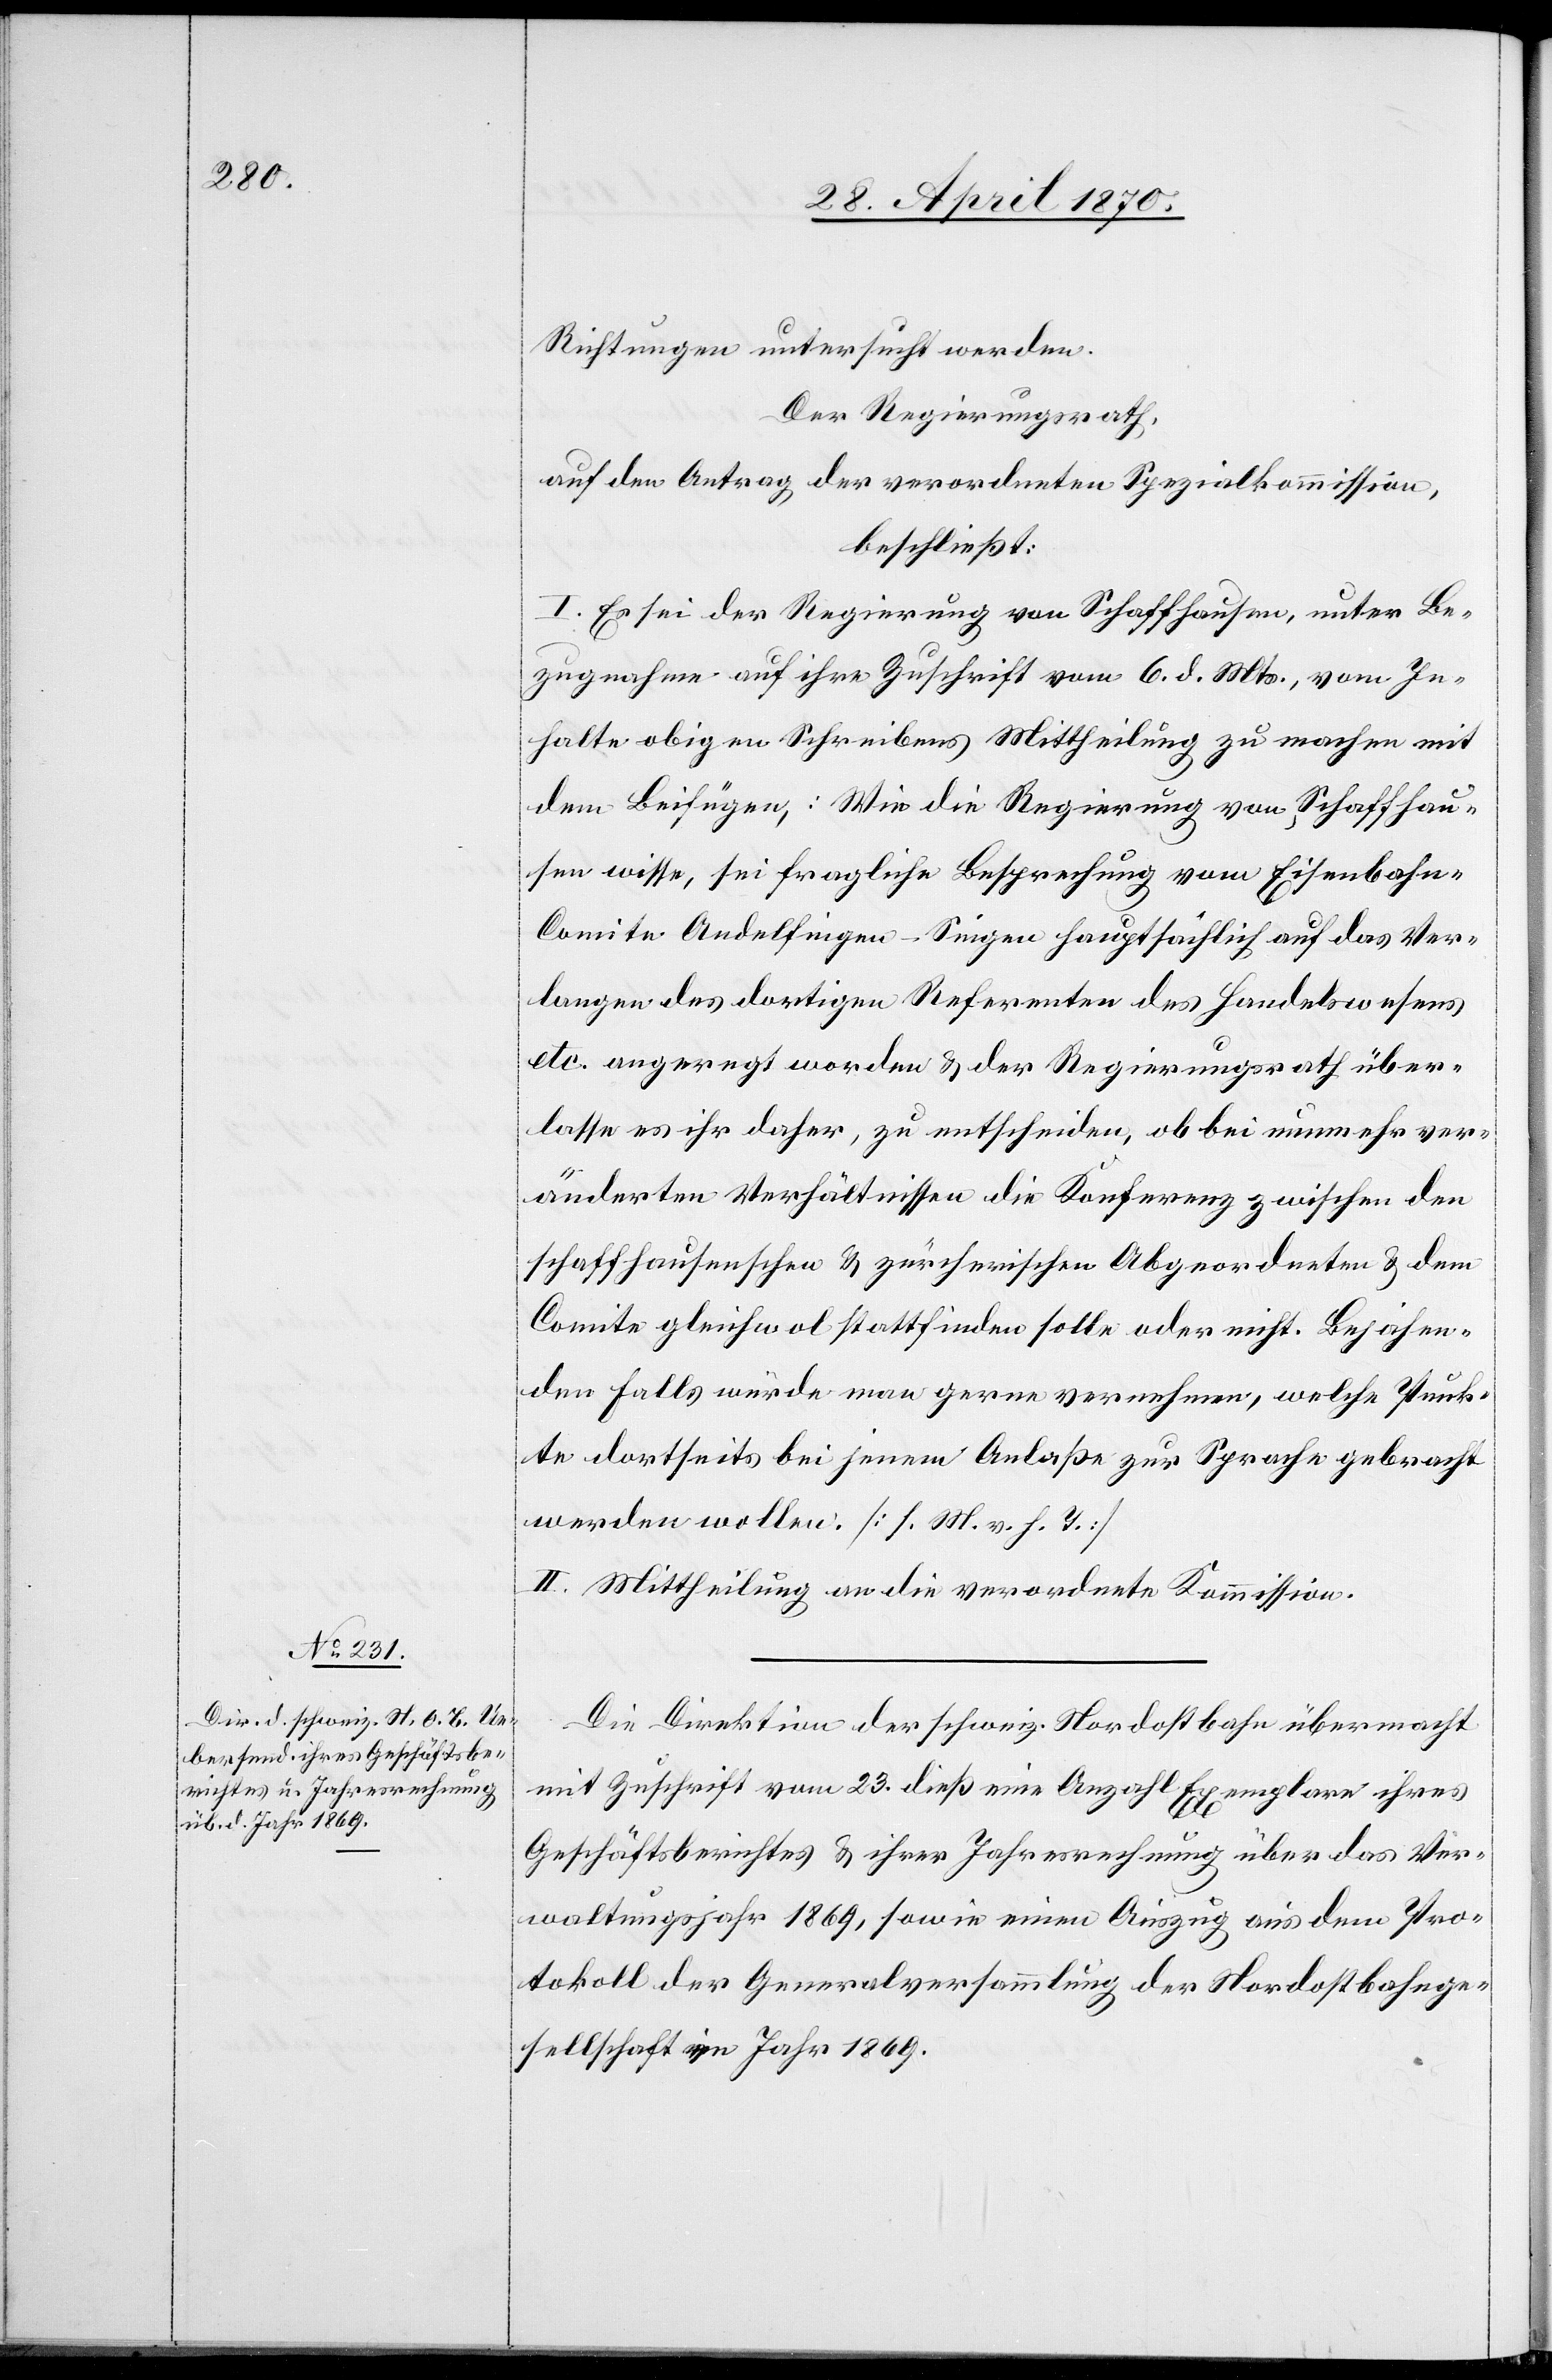
Richtungen untersucht werden.
Der Regierungsrath,
auf den Antrag der verordneten Spezialkommission,
beschließt:
I. Es sei der Regierung von Schaffhausen, unter Be¬
zugnahme auf ihre Zuschrift vom 6. d. Mts., vom In¬
halte obigen Schreibens Mittheilung zu machen mit
dem Beifügen,: [sic!] Wie die Regierung von Schaffhau¬
sen wisse, sei fragliche Besprechung vom Eisenbahn-C¬
omite Andelfingen–Singen hauptsächlich auf das Ver¬
langen des dortigen Referenten des Handelswesens
etc. angeregt worden & der Regierungsrath über¬
lasse es ihr daher, zu entscheiden, ob bei nunmehr ver¬
änderten Verhältnissen die Konferenz zwischen den
schaffhausenschen & zürcherischen Abgeordneten & dem
Comite gleichwol stattfinden solle oder nicht. Bejahen¬
den Falls würde man gerne vernehmen, welche Punk¬
te dortseits bei jenem Anlaße zur Sprache gebracht
werden wollen [s. M. v. h. T.]
II. Mittheilung an die verordnete Kommission.
Die Direktion der schweiz. Nordostbahn übermacht
mit Zuschrift vom 23. dieß eine Anzahl Exemplare ihres
Geschäftsberichtes & ihrer Jahresrechnung über das Ver¬
waltungsjahr 1869, sowie einen Auszug aus dem Pro¬
tokoll der Generalversammlung der Nordostbahnge¬
sellschaft im Jahr 1869.